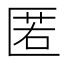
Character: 匿